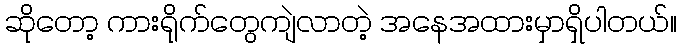
ဆိုတော့ ကားရိုက်တွေကျဲလာတဲ့ အနေအထားမှာရှိပါတယ်။